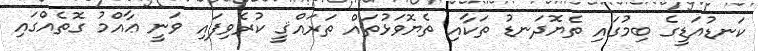
ކަނޑުއަޑީގެ ބިމުގައި ތެޔޮދަނޑު ތަކާއި ތެޔޮވަޅުތައް ތަރައްޤީ ކުރެވިފައި ވަނީ ޢާއްމު ގޮތެއްގައި